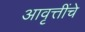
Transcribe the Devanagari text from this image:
आवृत्तींचे